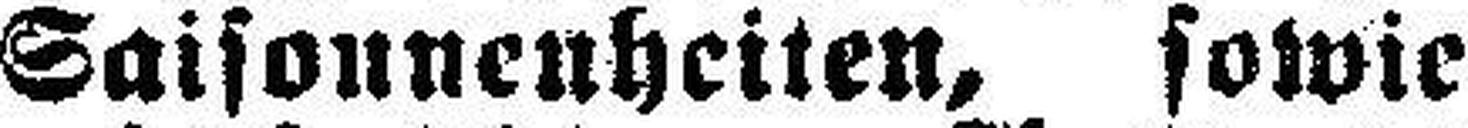
Saisonnenheiten, sowie